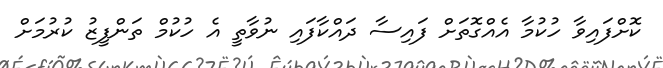
ކޮށްފައިވާ ހުކުމާ އެއްގޮތަށް ފައިސާ ދައްކާފައި ނުވާތީ އެ ހުކުމް ތަންފީޒު ކުރުމަށް